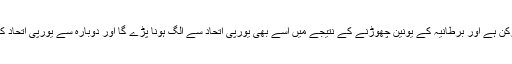
خیال رہے کہ اسکاٹ لینڈ بھی یورپی یونین کا ایک اہم رکن ہے اور برطانیہ کے یونین چھوڑنے کے نتیجے میں اسے بھی یورپی اتحاد سے الگ ہونا پڑے گا اور دوبارہ سے یورپی اتحاد کا حصہ بننے کے لیے آزادانہ حیثیت تسلیم کروانی ہوگی۔